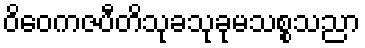
ဝိဝေကဇပီတိသုခသုခုမသစ္စသညာ